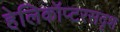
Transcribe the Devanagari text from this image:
हेलिकॉप्टरसदृश